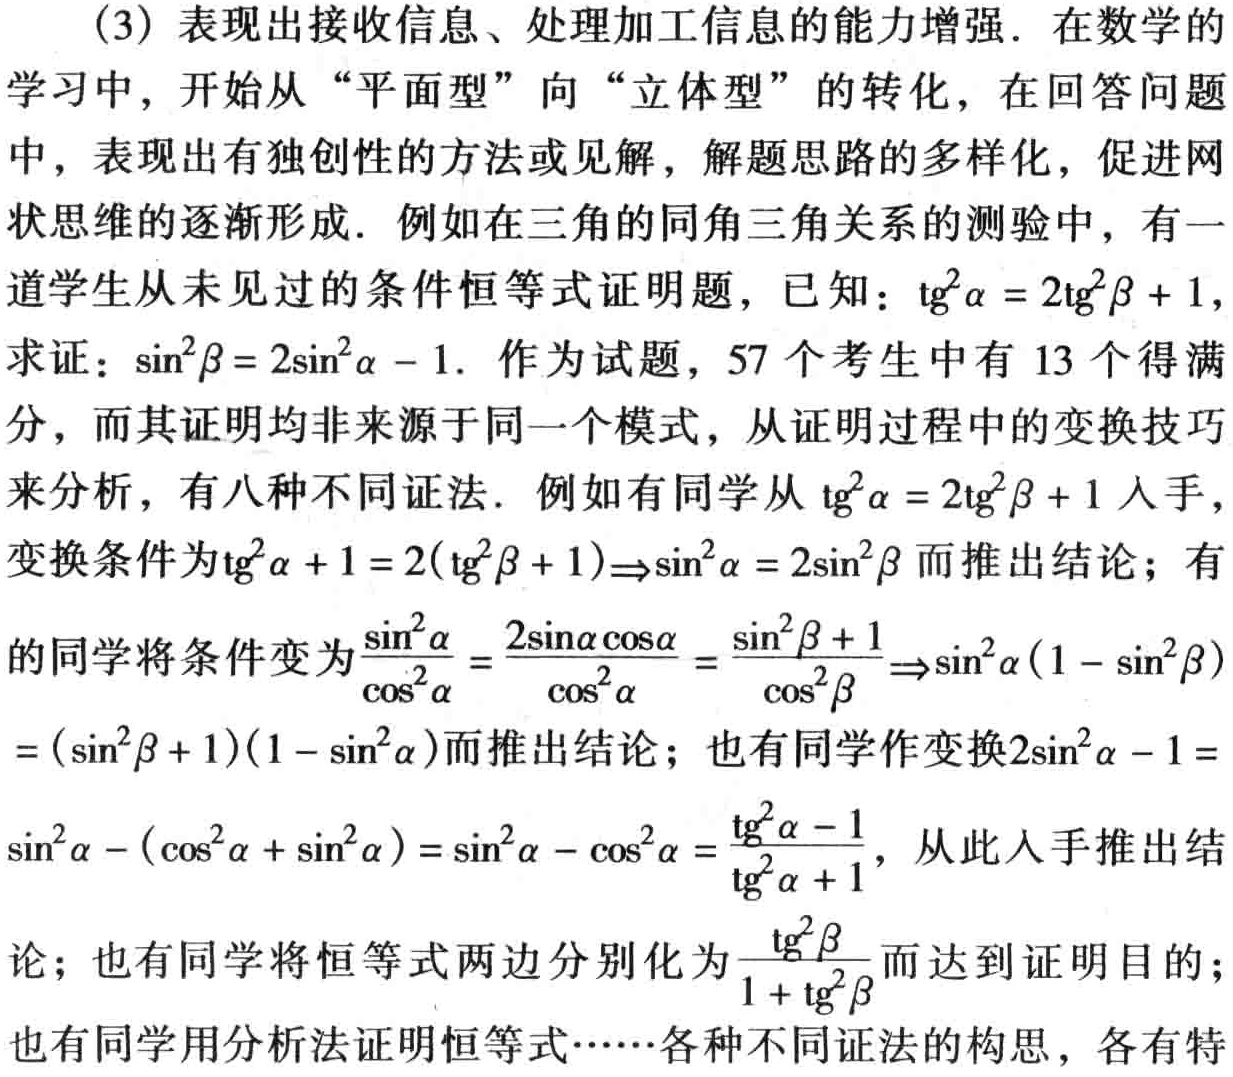
(3) 表现出接收信息、处理加工信息的能力增强. 在数学的学习中，开始从 “平面型” 向 “立体型” 的转化，在回答问题中，表现出有独创性的方法或见解，解题思路的多样化，促进网状思维的逐渐形成. 例如在三角的同角三角关系的测验中，有一道学生从未见过的条件恒等式证明题，已知：\(\text{tg}^{2}\alpha = 2\text{tg}^{2}\beta + 1\)，求证：\(\sin^{2}\beta = 2\sin^{2}\alpha - 1\). 作为试题，57 个考生中有 13 个得满分，而其证明均非来源于同一个模式，从证明过程中的变换技巧来分析，有八种不同证法. 例如有同学从 \(\text{tg}^{2}\alpha = 2\text{tg}^{2}\beta + 1\) 入手，变换条件为\(\text{tg}^{2}\alpha + 1 = 2(\text{tg}^{2}\beta + 1)\Rightarrow\sin^{2}\alpha = 2\sin^{2}\beta\) 而推出结论；有的同学将条件变为\(\frac{\sin^{2}\alpha}{\cos^{2}\alpha}=\frac{2\sin\alpha\cos\alpha}{\cos^{2}\alpha}=\frac{\sin^{2}\beta + 1}{\cos^{2}\beta}\Rightarrow\sin^{2}\alpha(1 - \sin^{2}\beta)=(\sin^{2}\beta + 1)(1 - \sin^{2}\alpha)\)而推出结论；也有同学作变换\(2\sin^{2}\alpha - 1=\sin^{2}\alpha - (\cos^{2}\alpha + \sin^{2}\alpha)=\sin^{2}\alpha - \cos^{2}\alpha=\frac{\text{tg}^{2}\alpha - 1}{\text{tg}^{2}\alpha + 1}\)，从此入手推出结论；也有同学将恒等式两边分别化为\(\frac{\text{tg}^{2}\beta}{1 + \text{tg}^{2}\beta}\)而达到证明目的；也有同学用分析法证明恒等式……各种不同证法的构思，各有特